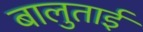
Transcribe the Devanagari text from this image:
बालुताई